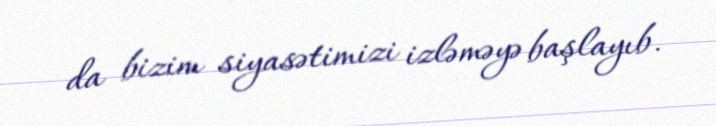
da bizim siyasətimizi izləməyə başlayıb.